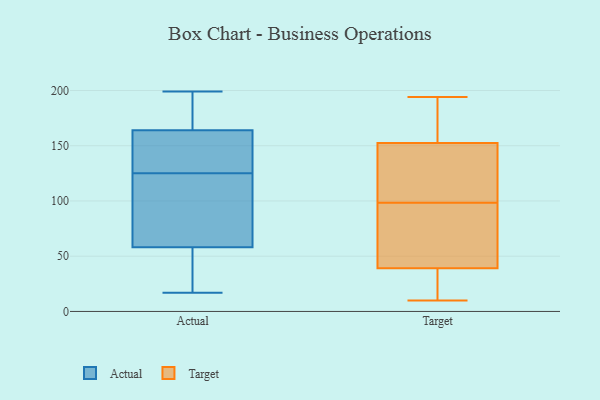
{"axis": {"x": "Waste Production (Tons)", "y": "Value"}, "legend": ["Actual", "Target"], "data": [{"x": "", "y": 103, "type": "Actual"}, {"x": "", "y": 199, "type": "Actual"}, {"x": "", "y": 164, "type": "Actual"}, {"x": "", "y": 17, "type": "Actual"}, {"x": "", "y": 151, "type": "Actual"}, {"x": "", "y": 106, "type": "Actual"}, {"x": "", "y": 21, "type": "Actual"}, {"x": "", "y": 144, "type": "Actual"}, {"x": "", "y": 182, "type": "Actual"}, {"x": "", "y": 58, "type": "Actual"}, {"x": "", "y": 167, "type": "Target"}, {"x": "", "y": 165, "type": "Target"}, {"x": "", "y": 31, "type": "Target"}, {"x": "", "y": 108, "type": "Target"}, {"x": "", "y": 93, "type": "Target"}, {"x": "", "y": 139, "type": "Target"}, {"x": "", "y": 150, "type": "Target"}, {"x": "", "y": 21, "type": "Target"}, {"x": "", "y": 155, "type": "Target"}, {"x": "", "y": 93, "type": "Target"}, {"x": "", "y": 10, "type": "Target"}, {"x": "", "y": 43, "type": "Target"}, {"x": "", "y": 51, "type": "Target"}, {"x": "", "y": 194, "type": "Target"}, {"x": "", "y": 104, "type": "Target"}, {"x": "", "y": 35, "type": "Target"}]}